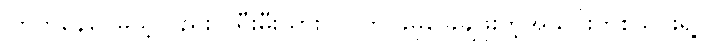
ကြိုက်နေပေမယ့်လည်း ပရီးမီးယားလိဂ်ကို ခုမှခြေချဖူးတဲ့အသင်းတစ်သင်းရဲ့